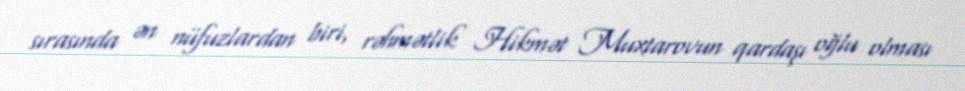
sırasında ən nüfuzlardan biri, rəhmətlik Hikmət Muxtarovun qardaşı oğlu olması